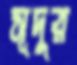
সূদুর